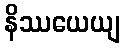
နိဿယေယျ